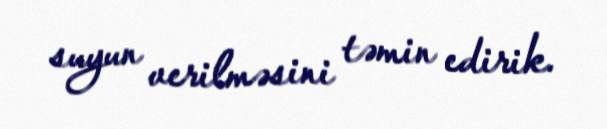
suyun verilməsini təmin edirik.